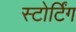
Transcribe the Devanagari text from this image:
स्टोर्टिंग